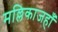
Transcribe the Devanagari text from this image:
मल्लिकाजहाँ